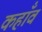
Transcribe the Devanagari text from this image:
कहाँव